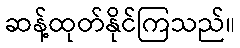
ဆန့်ထုတ်နိုင်ကြသည်။